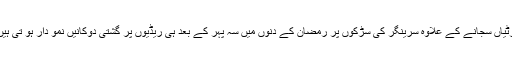
مساجد اور ریستو رانوں میں دستر خواںبچھانے اور پارٹیاں سجانے کے علاوہ سرینگر کی سڑکوں پر رمضان کے دنوں میں سہ پہر کے بعد ہی ریڈیوں پر گشتی دوکانیں نمو دار ہو تی ہیں،جن میں افطاری کیلئے تمام چیزیں دستیاب ہوتی ہیں ۔